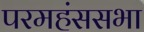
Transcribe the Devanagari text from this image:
परमहंससभा